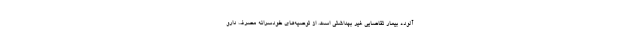
آلوده بیمار تقاضایی غیر بهداشتی است. از توصیه‌های خودسرانه مصرف دارو